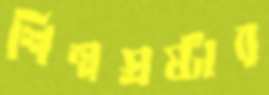
শিল্পস্রষ্টার